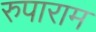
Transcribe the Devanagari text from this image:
रुपाराम